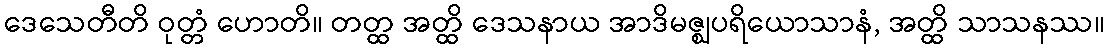
ဒေသေတီတိ ဝုတ္တံ ဟောတိ။ တတ္ထ အတ္ထိ ဒေသနာယ အာဒိမဇ္ဈပရိယောသာနံ, အတ္ထိ သာသနဿ။